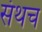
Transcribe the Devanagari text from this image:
संथच